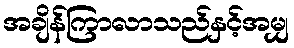
အချိန်ကြာလာသည်နှင့်အမျှ